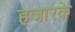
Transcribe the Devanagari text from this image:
हजारके